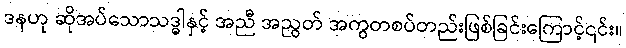
ဒနဟု ဆိုအပ်သောသဒ္ဓါနှင့် အညီ အညွတ် အကွတစပ်တည်းဖြစ်ခြင်းကြောင့်၎င်း။